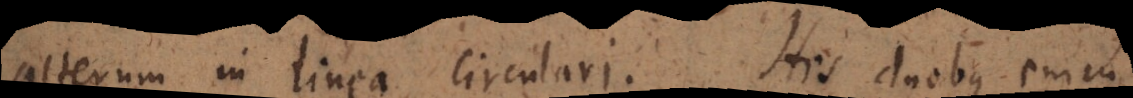
alterum in linea circulari. His duobus enim